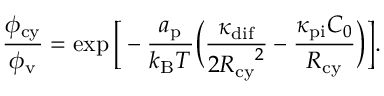
\frac { \phi _ { \mathrm { c y } } } { \phi _ { \mathrm { v } } } = \exp \Big [ - \frac { a _ { \mathrm { p } } } { k _ { \mathrm { B } } T } \Big ( \frac { \kappa _ { \mathrm { d i f } } } { { 2 R _ { \mathrm { c y } } } ^ { 2 } } - \frac { \kappa _ { \mathrm { p i } } C _ { 0 } } { R _ { \mathrm { c y } } } \Big ) \Big ] .